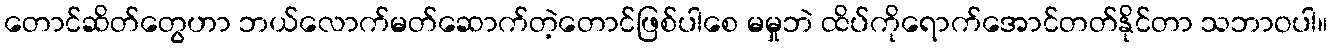
တောင်ဆိတ်တွေဟာ ဘယ်လောက်မတ်ဆောက်တဲ့တောင်ဖြစ်ပါစေ မမှုဘဲ ထိပ်ကိုရောက်အောင်တတ်နိုင်တာ သဘာဝပါ။